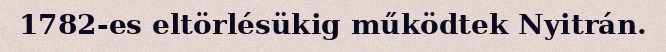
1782-es eltörlésükig működtek Nyitrán.